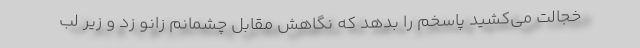
خجالت می‌کشید پاسخم را بدهد که نگاهش مقابل چشمانم زانو زد و زیر لب